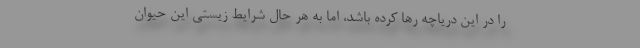
را در این دریاچه رها کرده باشد، اما به هر حال شرایط زیستی این حیوان